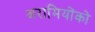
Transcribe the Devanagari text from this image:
अरामियोंको